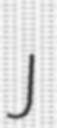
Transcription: J